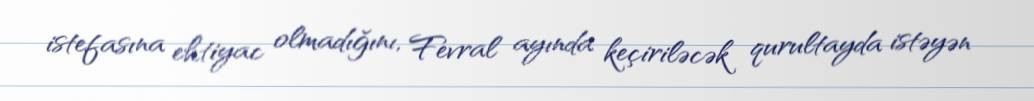
istefasına ehtiyac olmadığını, Fevral ayında keçiriləcək qurultayda istəyən